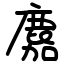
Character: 䴥